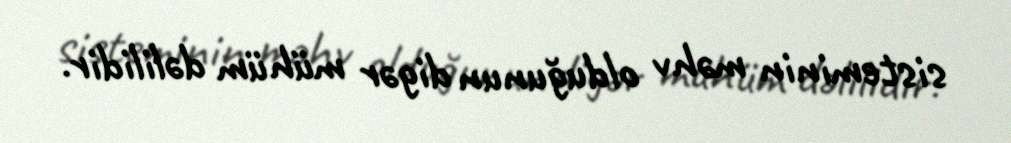
sisteminin məhv olduğunun digər mühüm dəlilidir.